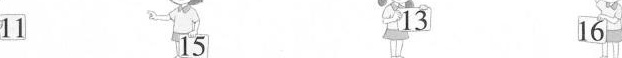
11 15 13 16